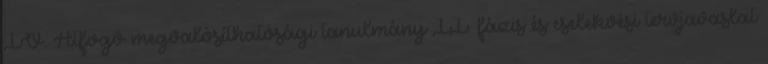
IV. Átfogó megvalósíthatósági tanulmány II. fázis és cselekvési tervjavaslat